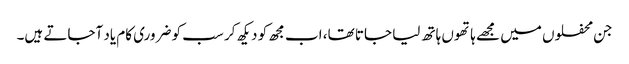
جن محفلوں میں مجھے ہاتھوں ہاتھ لیا جاتا تھا، اب مجھ کو دیکھ کر سب کو ضروری کام یاد آجاتے ہیں۔